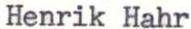
Henrik Hahr